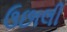
ઉછાલી